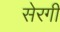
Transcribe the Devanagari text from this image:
सेरगी